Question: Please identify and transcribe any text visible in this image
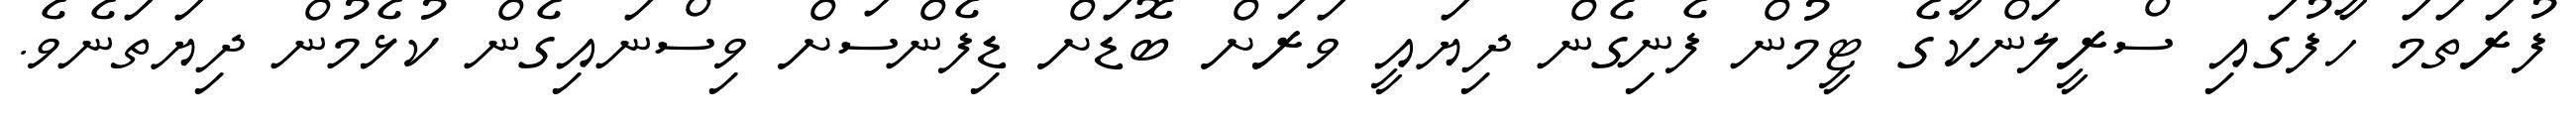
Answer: ފުރަތަމަ ހާފުގައި ސްރީލަންކާގެ ޓީމުން ފެނިގެން ދިޔައީ ވަރަށް ބޮޑަށް ޑިފެންސަށް ވިސްނައިގެން ކުޅެމުން ދިޔަތަނެވެ.